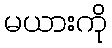
မယားကို